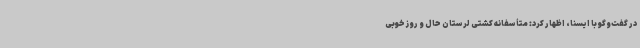
در گفت‌وگو با ایسنا، اظهار کرد: متأسفانه کشتی لرستان حال و روز خوبی